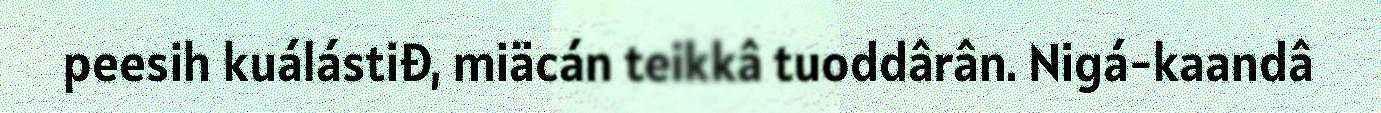
peesih kuálástiđ, miäcán teikkâ tuoddârân. Nigá-kaandâ